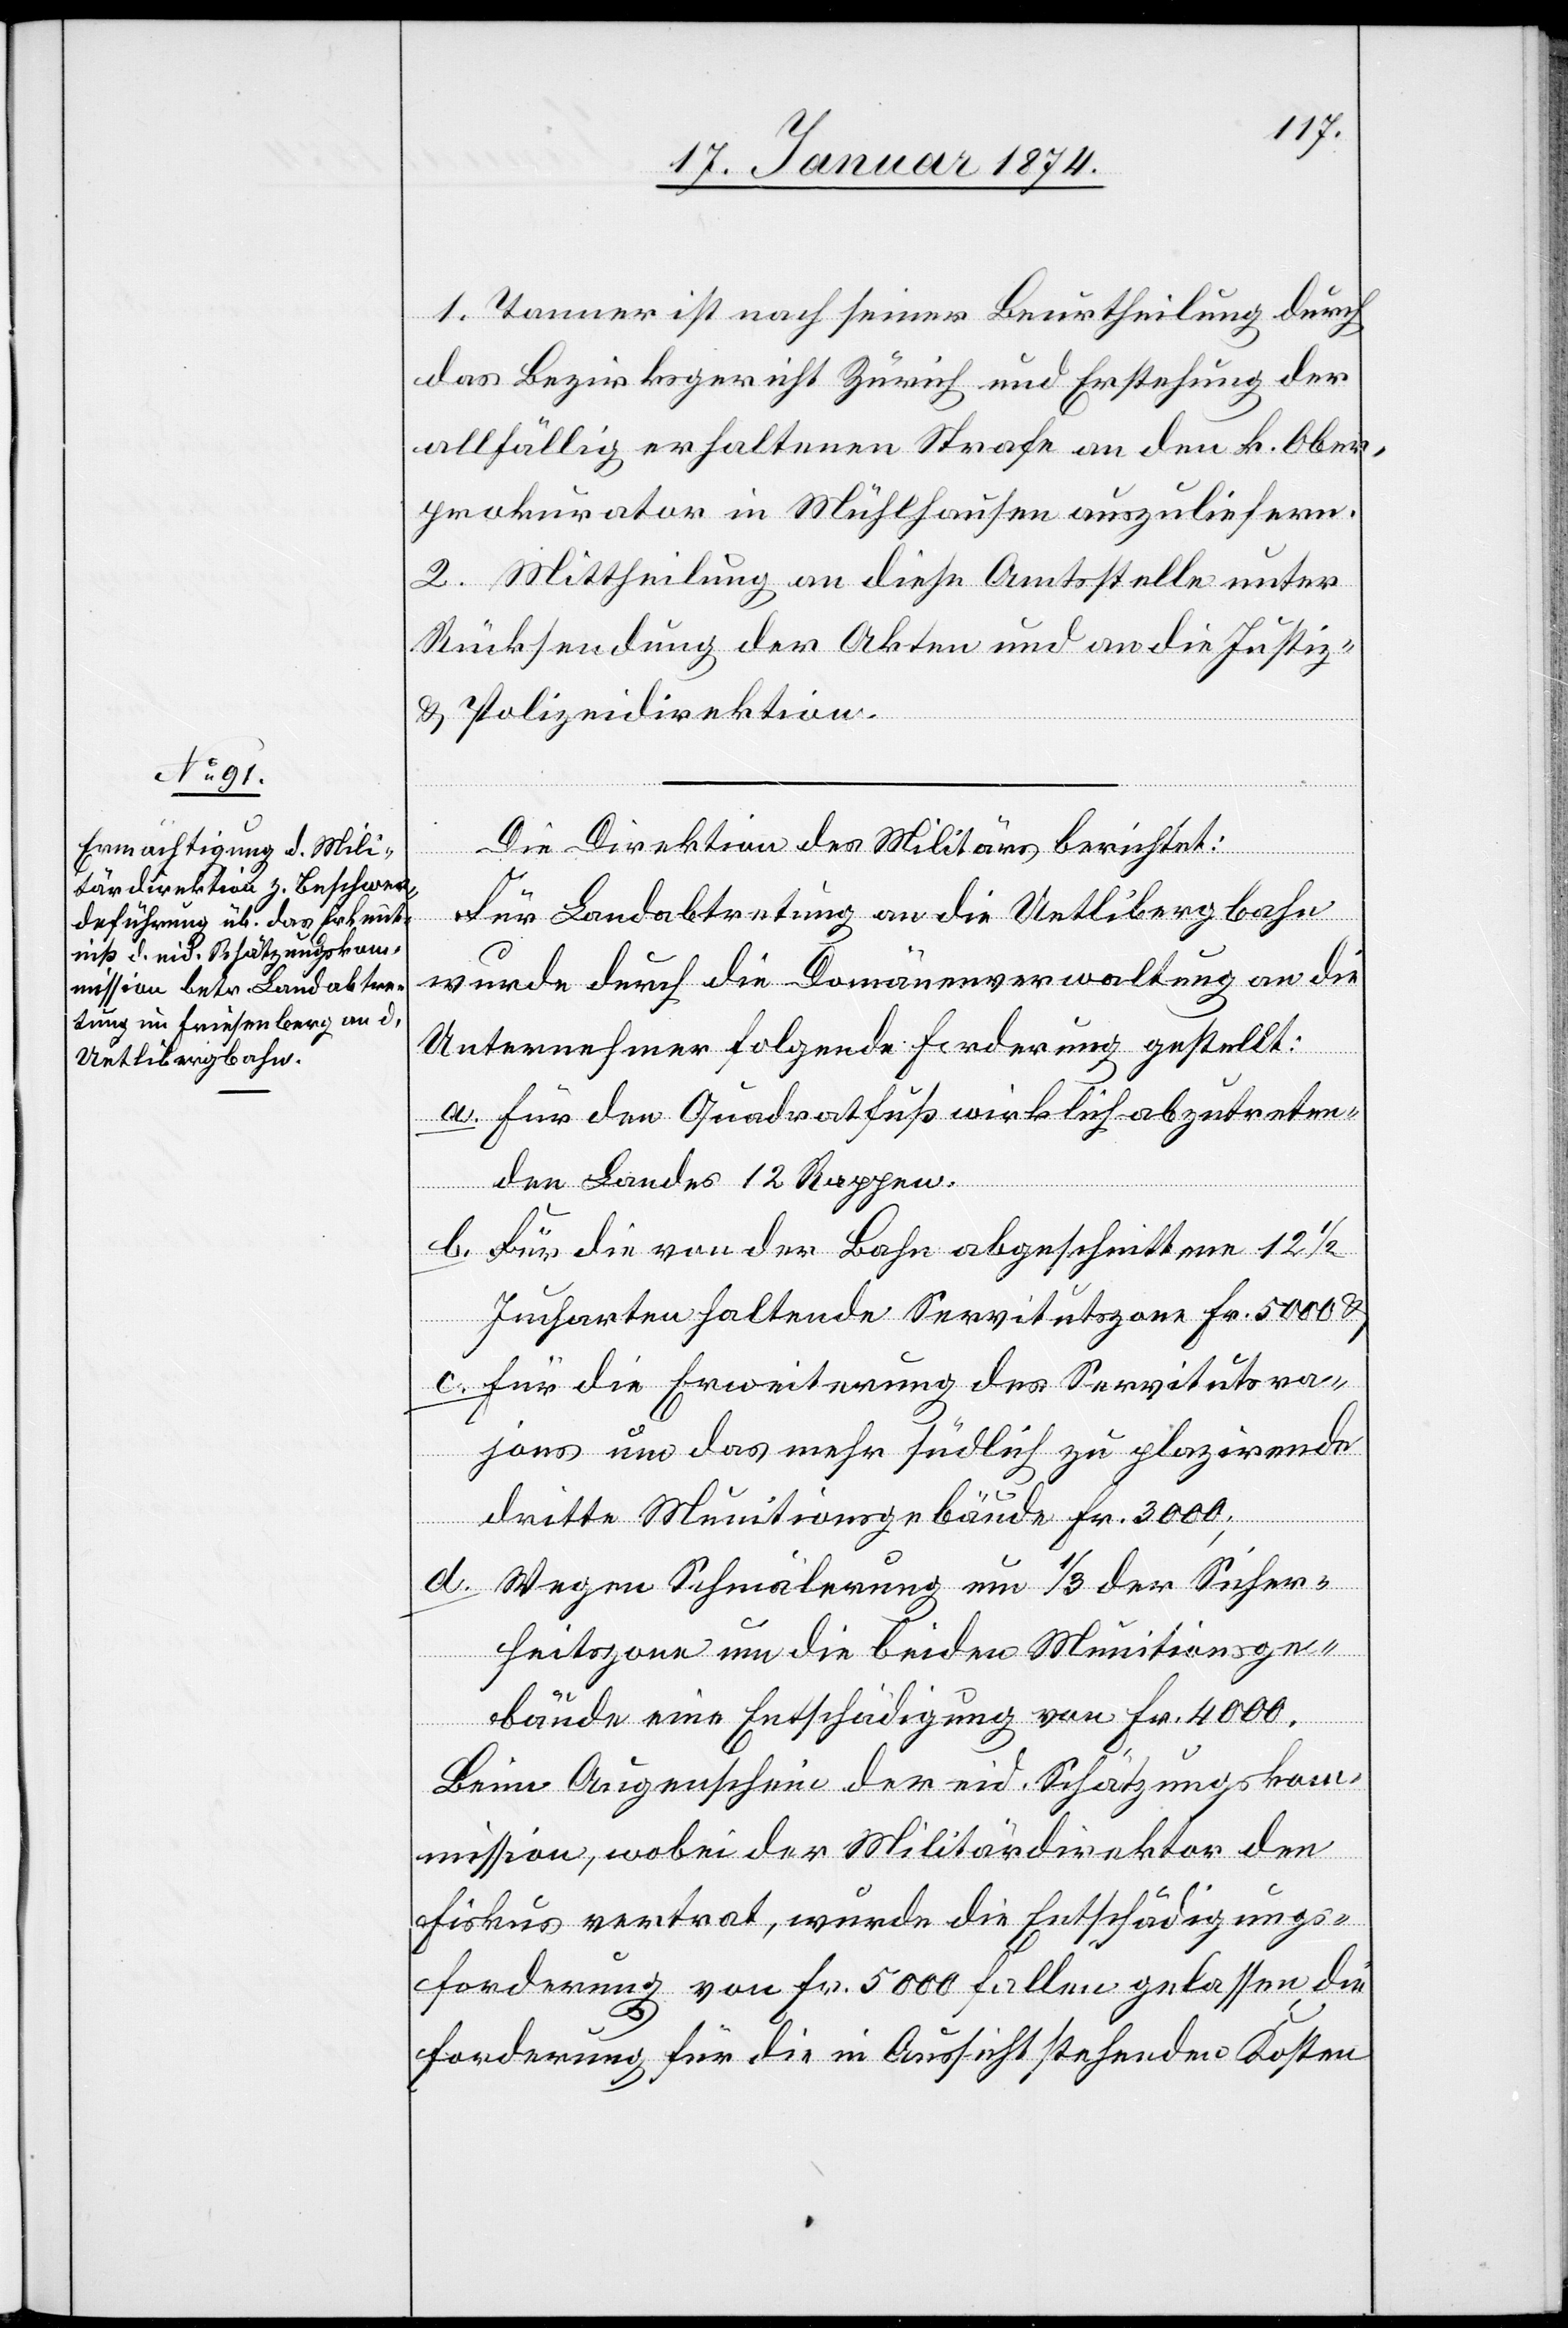
1. Tanner ist nach seiner Beurtheilung durch
das Bezirksgericht Zürich und Erstehung der
allfällig erhaltenen Strafe an den k. Ober¬
prokurator in Mühlhausen auszuliefern.
2. Mittheilung an diese Amtsstelle unter
Rücksendung der Akten und an die Justiz-
& Polizeidirektion.
Die Direktion des Militärs berichtet:
Für Landabtretung an die Uetlibergbahn
wurde durch die Domänenverwaltung an die
Unternehmer folgende Forderung gestellt:
a. Für den Quadratfuß wirklich abzutreten¬
den Landes 2 Rappen.
b. Für die von der Bahn abgeschnittenen 12 ½
Jucharten haltende Servitutszone Fr. 5000 &
c. Für die Erweiterung des Servitutsra¬
jons um das mehr südlich zu plazirende
dritte Munitionsgebäude Fr. 3000;
d. Wegen Schmälerung um 1/3 der Sicher¬
heitszone um die beiden Munitionsge¬
bäude eine Entschädigung von Fr. 4000.
Beim Augenschein der eid. Schätzungskom¬
mission, wobei der Militärdirektor den
Fiskus vertrat, wurde die Entschädigungs¬
forderung von Fr. 5000 fallen gelassen, die
Forderung für die in Aussicht stehenden Kosten